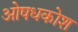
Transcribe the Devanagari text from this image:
ओषधकोश